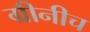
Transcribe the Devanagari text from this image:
ग्रीनीच